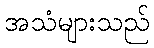
အသံများသည်